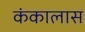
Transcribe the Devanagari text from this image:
कंकालास